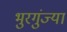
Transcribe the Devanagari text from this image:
भुरगुंज्या